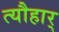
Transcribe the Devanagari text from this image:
त्यौहार्